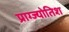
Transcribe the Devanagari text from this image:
प्राग्ज्योतिश